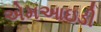
એમઆઇડી